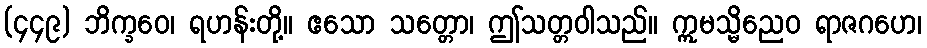
(၄၄၉) ဘိက္ခဝေ၊ ရဟန်းတို့။ ဧသော သတ္တော၊ ဤသတ္တဝါသည်။ ဣမသ္မိညေဝ ရာဇဂဟေ၊